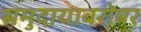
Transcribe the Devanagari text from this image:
समुदायाबरोबर